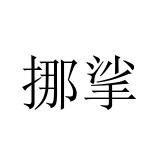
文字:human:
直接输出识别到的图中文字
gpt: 挪挲